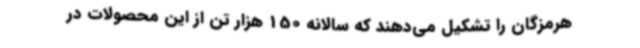
هرمزگان را تشکیل می‌دهند که سالانه 150 هزار تن از این محصولات در